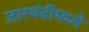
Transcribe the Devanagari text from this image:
जास्वंदीमध्ये